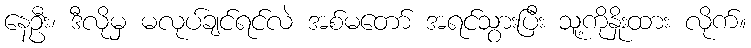
နေဦး၊ ဒီလိုမှ မလုပ်ချင်ရင်လဲ အစ်မတော် အရင်သွားပြီး သူ့ကိုနှိုးထား လိုက်။